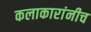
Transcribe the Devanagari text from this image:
कलाकारांनीच